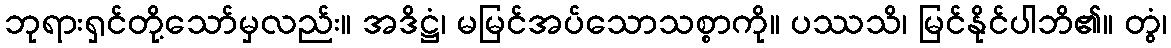
ဘုရားရှင်တို့သော်မှလည်း။ အဒိဋ္ဌံ၊ မမြင်အပ်သောသစ္စာကို။ ပဿသိ၊ မြင်နိုင်ပါဘိ၏။ တွံ၊